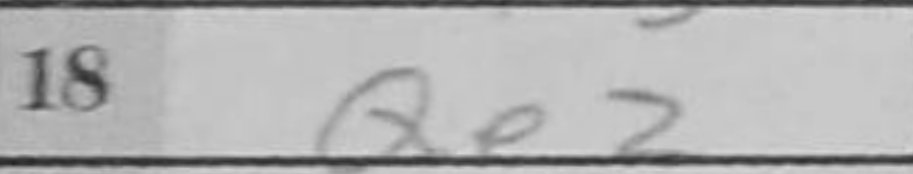
Transcription: Qe2